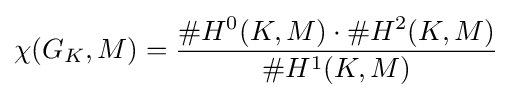
\chi (G_{K},M)={\frac {\#H^{0}(K,M)\cdot \#H^{2}(K,M)}{\#H^{1}(K,M)}}